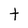
Character: t